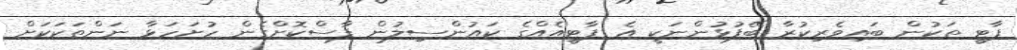
ޕާޓީ ތަކުން ބައިވެރިކުރާ ބޭފުޅުންނަކީ އެ ޕާޓީއެއްގެ ކައުންސިލުން ފާސްކޮށްގެން ހުށަހަޅާ ނަންތަކަކަށް